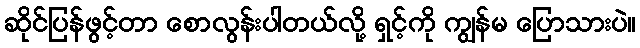
ဆိုင်ပြန်ဖွင့်တာ စောလွန်းပါတယ်လို့ ရှင့်ကို ကျွန်မ ပြောသားပဲ။